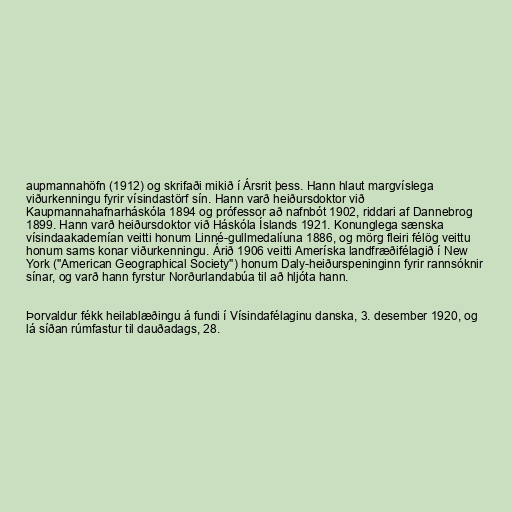
aupmannahöfn (1912) og skrifaði mikið í Ársrit þess. Hann hlaut margvíslega
viðurkenningu fyrir vísindastörf sín. Hann varð heiðursdoktor við
Kaupmannahafnarháskóla 1894 og prófessor að nafnbót 1902, riddari af Dannebrog
1899. Hann varð heiðursdoktor við Háskóla Íslands 1921. Konunglega sænska
vísindaakademían veitti honum Linné-gullmedalíuna 1886, og mörg fleiri félög veittu
honum sams konar viðurkenningu. Árið 1906 veitti Ameríska landfræðifélagið í New
York ("American Geographical Society") honum Daly-heiðurspeninginn fyrir rannsóknir
sínar, og varð hann fyrstur Norðurlandabúa til að hljóta hann.

Þorvaldur fékk heilablæðingu á fundi í Vísindafélaginu danska, 3. desember 1920, og
lá síðan rúmfastur til dauðadags, 28.